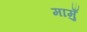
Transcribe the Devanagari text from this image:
मामुँ